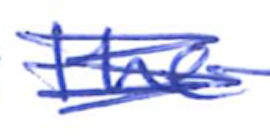
Text: the
Cross-out: scratch
Writing tool: ballpoint